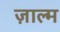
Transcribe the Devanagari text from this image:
ज़ाल्म